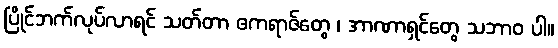
ပြိုင်ဘက်လုပ်လာရင် သတ်တာ ဧကရာဇ်တွေ ၊ အာဏာရှင်တွေ သဘာဝ ပါ။